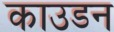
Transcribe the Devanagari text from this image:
काउडन